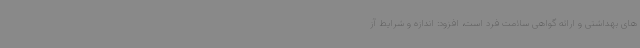
های بهداشتی و ارائه گواهی سلامت فرد است، افزود: اندازه و شرایط آز